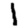
Digit: 1